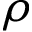
\rho